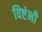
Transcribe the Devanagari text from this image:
विष्टंभी